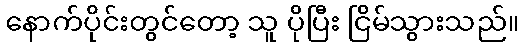
နောက်ပိုင်းတွင်တော့ သူ ပိုပြီး ငြိမ်သွားသည်။